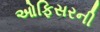
ઓફિસરની